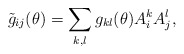
\begin{align*} \tilde{g}_{ij} (\theta) = \sum_{k,l} g_{kl} (\theta) A^k_i A^l_j,\end{align*}